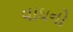
વાઘનો